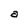
Character: a